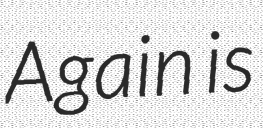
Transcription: Again is